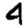
Digit: 4